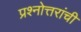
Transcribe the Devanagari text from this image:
प्रश्नोत्तरांची